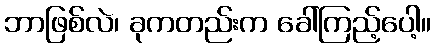
ဘာဖြစ်လဲ၊ ခုကတည်းက ခေါ်ကြည့်ပေါ့။